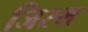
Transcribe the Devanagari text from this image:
जिरम